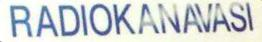
RADIOKANAVASI